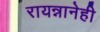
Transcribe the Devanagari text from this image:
रायन्नानेही